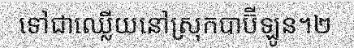
ទៅជាឈ្លើយនៅស្រុកបាប៊ីឡូន។២